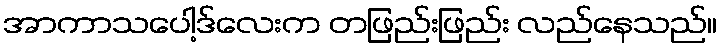
အာကာသပေါ့ဒ်လေးက တဖြည်းဖြည်း လည်နေသည်။